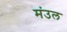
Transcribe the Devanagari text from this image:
मंउल